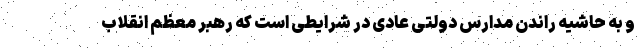
و به حاشیه راندن مدارس دولتی عادی در شرایطی است که رهبر معظم انقلاب